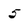
Character: 5